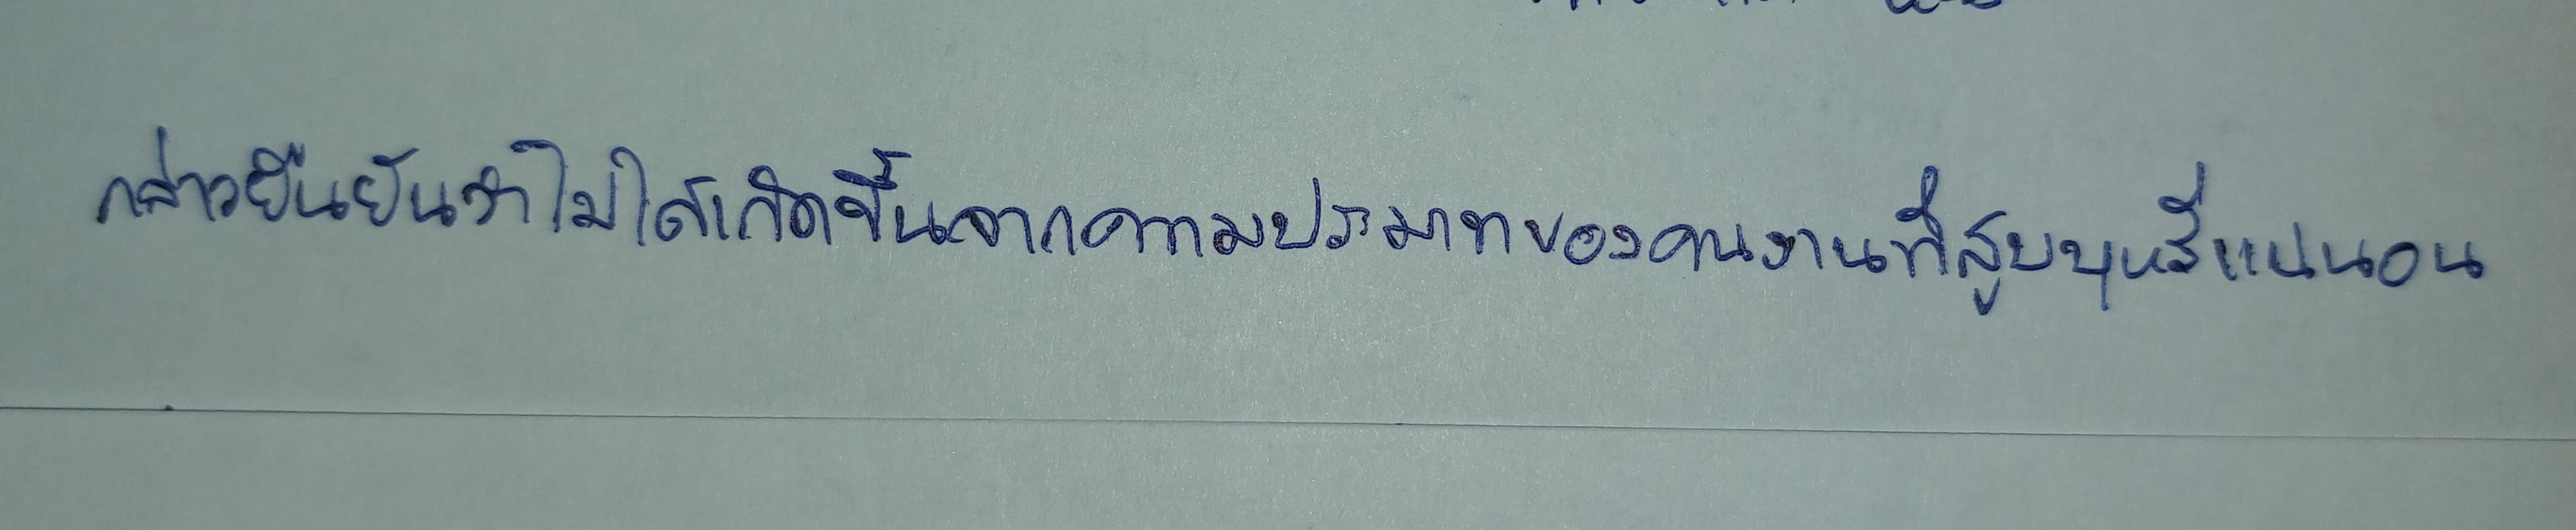
กล่าวยืนยันว่าไม่ได้เกิดขึ้นจากความประมาทของคนงานที่สูบบุหรี่แน่นอน